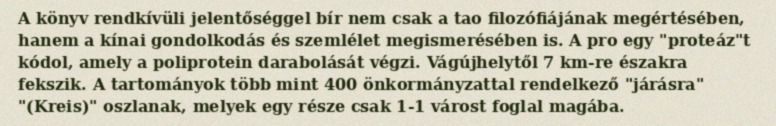
A könyv rendkívüli jelentőséggel bír nem csak a tao filozófiájának megértésében, hanem a kínai gondolkodás és szemlélet megismerésében is. A pro egy "proteáz"t kódol, amely a poliprotein darabolását végzi. Vágújhelytől 7 km-re északra fekszik. A tartományok több mint 400 önkormányzattal rendelkező "járásra" "(Kreis)" oszlanak, melyek egy része csak 1-1 várost foglal magába.